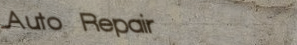
Auto Repair